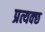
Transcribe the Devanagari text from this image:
प्रत्यक्छ